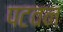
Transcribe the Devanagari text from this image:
पटवन